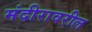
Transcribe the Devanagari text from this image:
मंदीरावरील